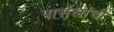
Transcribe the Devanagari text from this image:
पार्सलांची